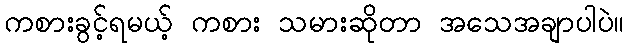
ကစားခွင့်ရမယ့် ကစား သမားဆိုတာ အသေအချာပါပဲ။